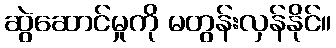
ဆွဲဆောင်မှုကို မတွန်းလှန်နိုင်။